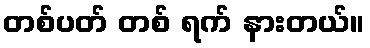
တစ်ပတ် တစ် ရက် နားတယ်။